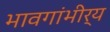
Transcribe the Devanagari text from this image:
भावगांभीर्य